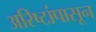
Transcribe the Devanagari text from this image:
अरिष्टांपासून